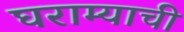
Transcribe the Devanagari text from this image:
घराम्याची